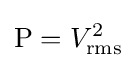
\mathrm {P} =V_{\mathrm {rms} }^{2}